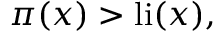
\pi ( x ) > \operatorname { l i } ( x ) ,